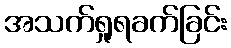
အသက်ရှုရခက်ခြင်း